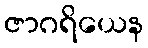
ဇာဂရိယေန